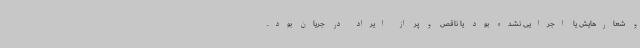
و شعارهایش یا اجرایی نشده بود یا ناقص و پر از ایراد در جریان بود.